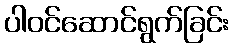
ပါဝင်ဆောင်ရွက်ခြင်း